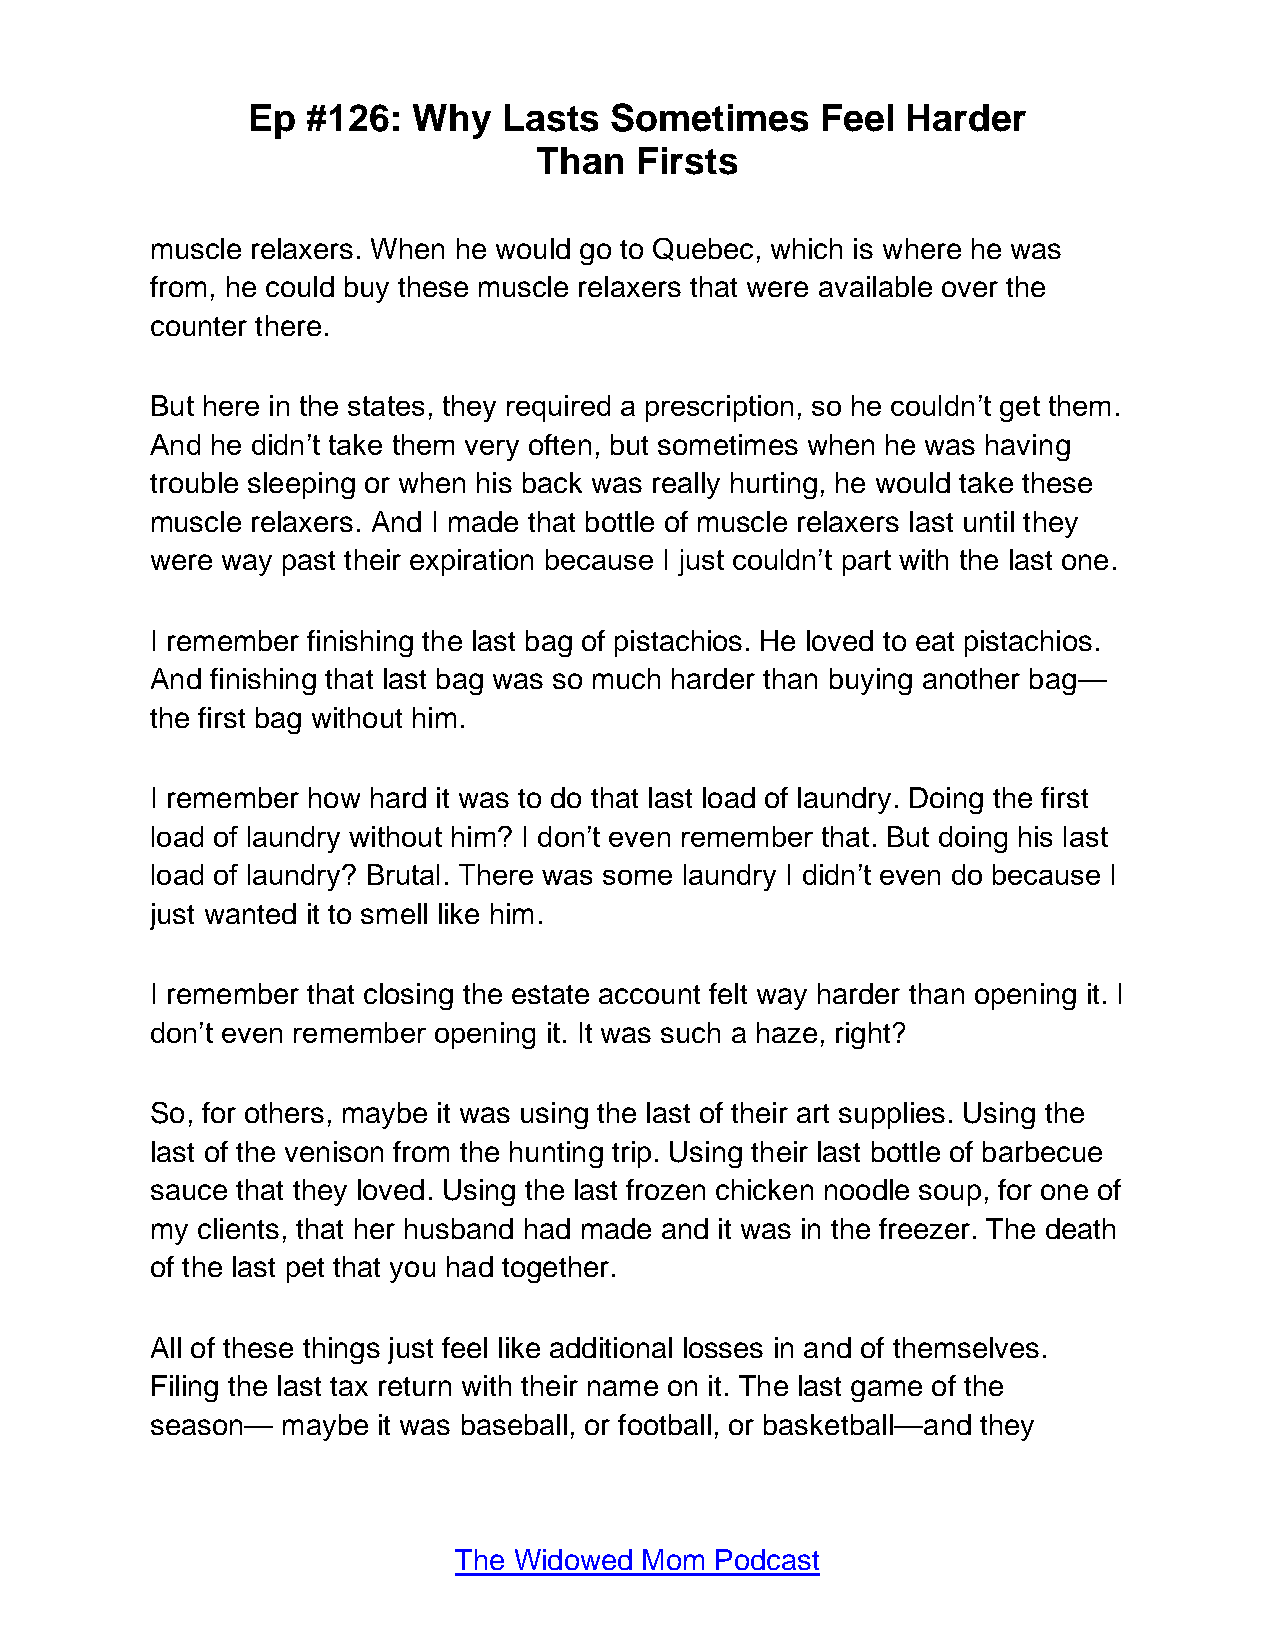
Ep  #126:  Why   Lasts  Sometimes     Feel  Harder
 Than  Firsts
 muscle relaxers. When he would go to Quebec, which is where he was
 from, he could buy these muscle relaxers that were available over the
 counter there.
 But here in the states, they required a prescription, so he couldn’t get them.
 And he didn’t take them very often, but sometimes when he was having
 trouble sleeping or when his back was really hurting, he would take these
 muscle relaxers. And I made that bottle of muscle relaxers last until they
 were way past their expiration because I just couldn’t part with the last one.
 I remember finishing the last bag of pistachios. He loved to eat pistachios.
 And finishing that last bag was so much harder than buying another bag—
 the first bag without him.
 I remember how hard it was to do that last load of laundry. Doing the first
 load of laundry without him? I don’t even remember that. But doing his last
 load of laundry? Brutal. There was some laundry I didn’t even do because I
 just wanted it to smell like him.
 I remember that closing the estate account felt way harder than opening it. I
 don’t even remember opening it. It was such a haze, right?
 So, for others, maybe it was using the last of their art supplies. Using the
 last of the venison from the hunting trip. Using their last bottle of barbecue
 sauce that they loved. Using the last frozen chicken noodle soup, for one of
 my clients, that her husband had made and it was in the freezer. The death
 of the last pet that you had together.
 All of these things just feel like additional losses in and of themselves.
 Filing the last tax return with their name on it. The last game of the
 season—  maybe it was baseball, or football, or basketball—and they
 The Widowed Mom  Podcast